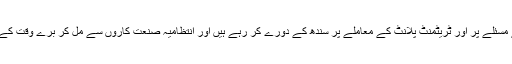
ایک جسٹس صاحب پانی کے مسئلے پر اور ٹریٹمنٹ پلانٹ کے معاملے پر سندھ کے دورے کر رہے ہیں اور انتظامیہ صنعت کاروں سے مل کر برے وقت کے ٹلنے کا انتظار کر رہی ہے۔